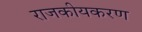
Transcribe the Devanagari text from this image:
राजकीयकरण